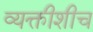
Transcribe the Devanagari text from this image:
व्यक्तीशीच